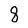
Character: 8